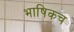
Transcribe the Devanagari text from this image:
भाषिकच